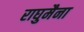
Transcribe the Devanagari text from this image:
राघुमैना